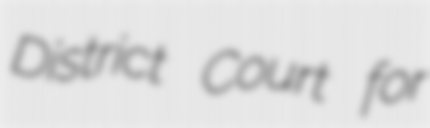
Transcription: District Court for